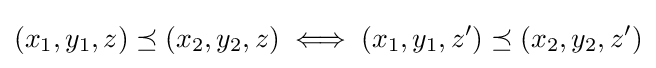
(x_{1},y_{1},z)\preceq (x_{2},y_{2},z)\iff (x_{1},y_{1},z')\preceq (x_{2},y_{2},z')